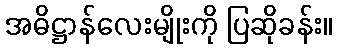
အဓိဋ္ဌာန်လေးမျိုးကို ပြဆိုခန်း။